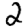
Digit: 2